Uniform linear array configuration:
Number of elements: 64
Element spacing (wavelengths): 0.25
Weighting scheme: kaiser
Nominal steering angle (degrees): -60
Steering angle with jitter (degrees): -61.338
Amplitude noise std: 0.05
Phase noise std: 0.05

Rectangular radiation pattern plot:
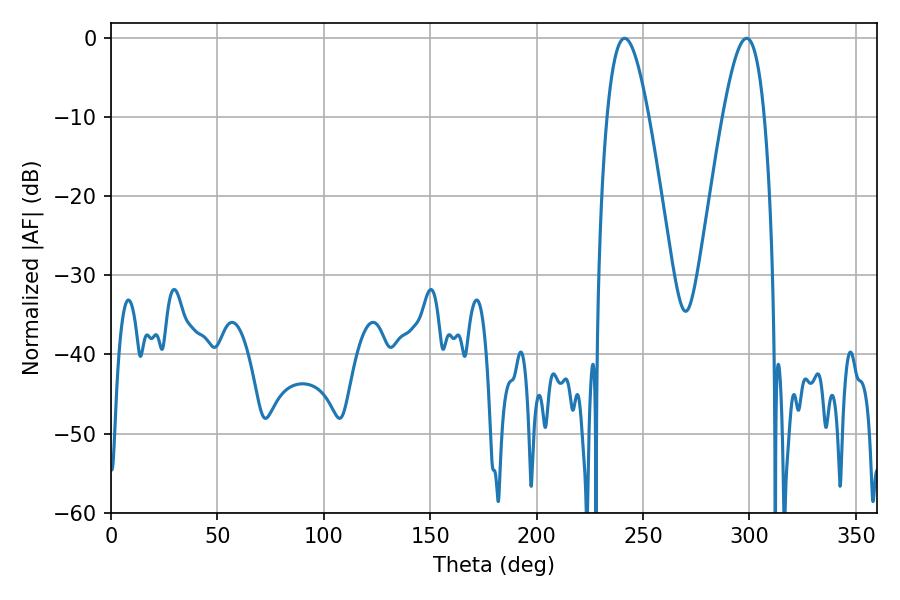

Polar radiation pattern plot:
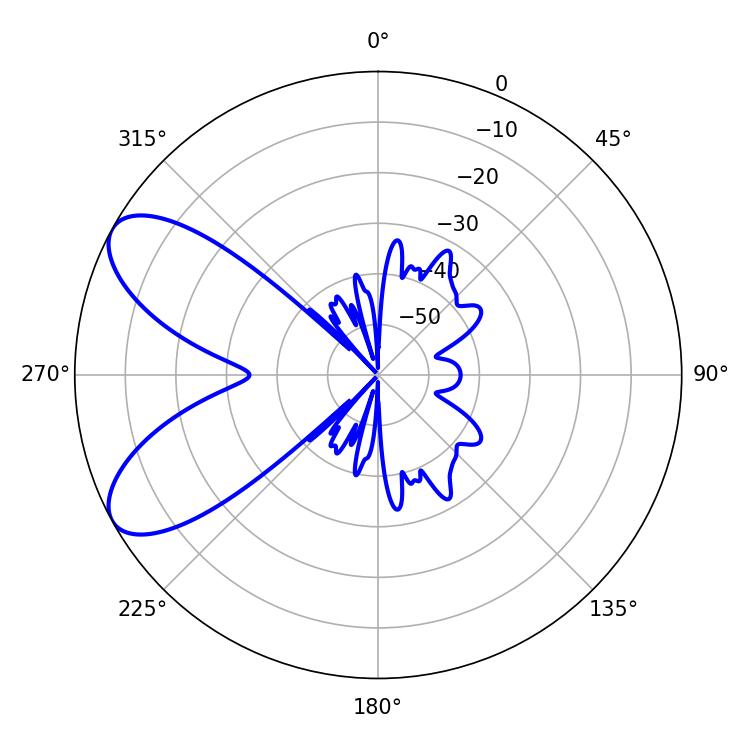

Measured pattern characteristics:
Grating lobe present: FALSE
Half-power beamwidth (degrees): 10.62
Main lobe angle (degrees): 241.38